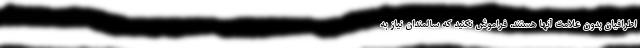
اطرافیان بدون علامت آنها هستند. فراموش نکنید که سالمندان نیاز به